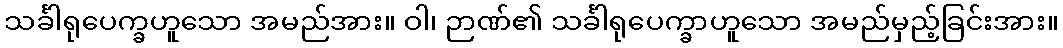
သင်္ခါရုပေက္ခဟူသော အမည်အား။ ဝါ၊ ဉာဏ်၏ သင်္ခါရုပေက္ခာဟူသော အမည်မှည့်ခြင်းအား။